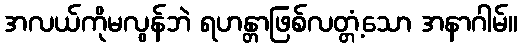
အလယ်ကိုမလွန်ဘဲ ရဟန္တာဖြစ်လတ္တံ့သော အနာဂါမ်။